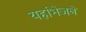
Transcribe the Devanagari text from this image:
यहांभेजने